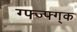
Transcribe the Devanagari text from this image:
ग्फ्ज्फ्ग्क